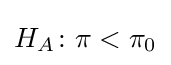
H_{A}\colon \pi <\pi _{0}